Report on the administration of the Government Cinchona Department 1892-98
Year: 1892
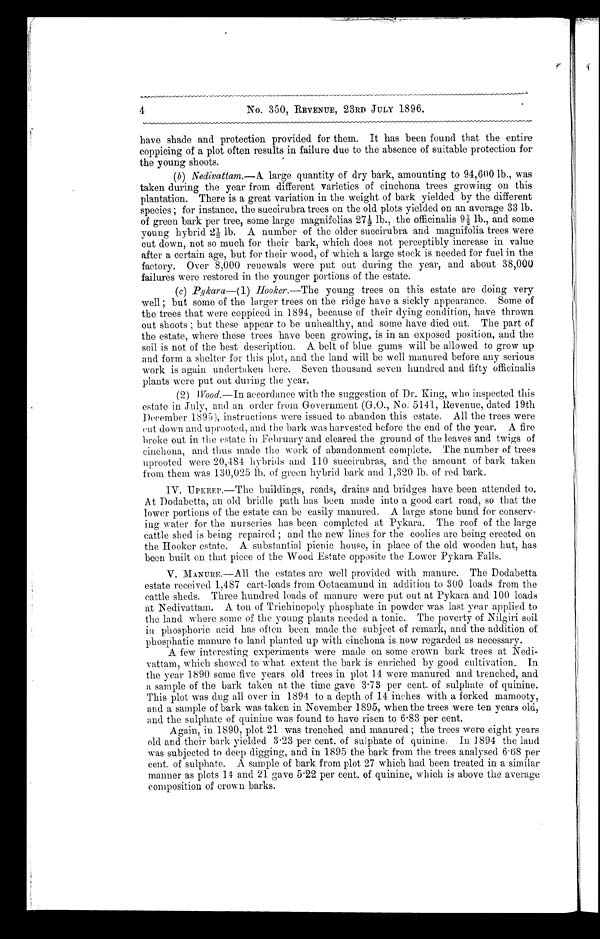
4
No. 350, REVENUE, 23RD JULY 1896.
have shade and protection provided for them. It has been found that the entire
coppicing of a plot often results in failure due to the absence of suitable protection for
the young shoots.
(b) Nedivattam.— A large quantity of dry bark, amounting to 94,600 lb., was
taken during the year from different varieties of cinchona trees growing on this
plantation. There is a great variation in the weight of bark yielded by the different
species ; for instance, the succirubra trees on the old plots yielded on an average 33 lb.
of green bark per tree, some large magnifolias 27½ lb., the officinalis 9½ lb., and some
young hybrid 2½l b . A n u m b e r o f t h e o l d e r s u c c i r u b r a a n d m a g n i f o l i a t r e e s w e r e
cut down, not so much for their bark, which does not perceptibly increase in value
after a certain age, but for their wood, of which a large stock is needed for fuel in the
factory. Over 8,000 renewals were put out during the year, and about 38,000
failures were restored in the younger portions of the estate.
(c)Pykara—(1) Hooker.—The young trees on this estate are doing very
well ; but some of the larger trees on the ridge have a sickly appearance. Some of
the trees that were coppiced in 1894, because of their dying condition, have thrown
out shoots ; but these appear to be unhealthy, and some have died out. The part of
the estate, where these trees have been growing, is in an exposed position, and the
soil is not of the best description. A belt of blue gums will be allowed to grow up
and form a shelter for this plot, and the land will be well manured before any serious
work is again undertaken here. Seven thousand seven hundred and fifty officinalis
plants were put out during the year.
(2) Wood.—In accordance with the suggestion of Dr. King, who inspected this
estate in July, and an order from Government (G.O., No. 5141, Revenue, dated 19th
December 1895), instructions were issued to abandon this estate. All the trees were
cut down and uprooted, and the bark was harvested before the end of the year. A fire
broke out in the estate in February and cleared the ground of the leaves and twigs of
cinchona, and thus made the work of abandonment complete. The number of trees
uprooted were 20,484 hybrids and 110 succirubras, and the amount of bark taken
from them was 130,025 lb. of green hybrid bark and 1,320 lb. of red bark.
IV. UPKEEP.—The buildings, roads, drains and bridges have been attended to.
At Dodabetta, an old bridle path has been made into a good cart road, so that the
lower portions of the estate can be easily manured. A large stone bund for conserv-
ing water for the nurseries has been completed at Pykara. The roof of the large
cattle shed is being repaired ; and the new lines for the coolies are being erected on
the Hooker estate. A substantial picnic house, in place of the old wooden hut, has
been built on that piece of the Wood Estate opposite the Lower Pykara Falls.
V. MANURE.—All the estates are well provided with manure. The Dodabetta
estate received 1,487 cart-loads from Ootacamund in addition to 300 loads from the
cattle sheds. Three hundred loads of manure were put out at Pykara and 100 loads
at Nedivattam. A ton of Trichinopoly phosphate in powder was last year applied to
the land where some of the young plants needed a tonic. The poverty of Nilgiri soil
in phosphoric acid has often been made the subject of remark, and the addition of
phosphatic manure to land planted up with cinchona is now regarded as necessary.
A few interesting experiments were made on some crown bark trees at Nedi-
vattam, which showed to what extent the bark is enriched by good cultivation. In
the year 1890 some five years old trees in plot 14 were manured and. trenched, and
a sample of the bark taken at the time gave 3.73 per cent. of sulphate of quinine.
This plot was dug all over in 1894 to a depth of 14 inches with a forked mamooty,
and a sample of bark was taken in November 1895, when the trees were ten years old,
and the sulphate of quinine was found to have risen to 6.83 per cent.
Again, in 1890, plot 21 was trenched and manured; the trees were eight years
old and their bark yielded 3.23 per cent, of sulphate of quinine. In 1894 the land
was subjected to deep digging, and in 1895 the bark from the trees analysed 6.68 per
cent. of sulphate. A sample of bark from plot 27 which had been treated in a similar
manner as plots 14 and 21 gave 5.22 per cent. of quinine, which is above the average
composition of crown barks.